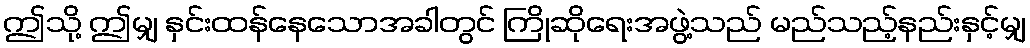
ဤသို့ ဤမျှ နှင်းထန်နေသောအခါတွင် ကြိုဆိုရေးအဖွဲ့သည် မည်သည့်နည်းနှင့်မျှ